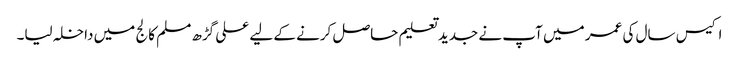
اکیس سال کی عمر میں آپ نے جدید تعلیم حاصل کرنے کے لیے علی گڑھ مسلم کالج میں داخلہ لیا۔